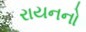
રાયનનો